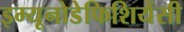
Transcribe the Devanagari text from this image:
इम्यूनोडेफिशियेंसी